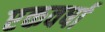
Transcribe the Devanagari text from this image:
एकवर्षा